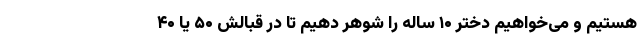
هستیم و می‌خواهیم دختر ۱۰ ساله را شوهر دهیم تا در قبالش ۵۰ یا ۴۰